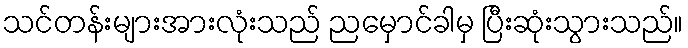
သင်တန်းများအားလုံးသည် ညမှောင်ခါမှ ပြီးဆုံးသွားသည်။